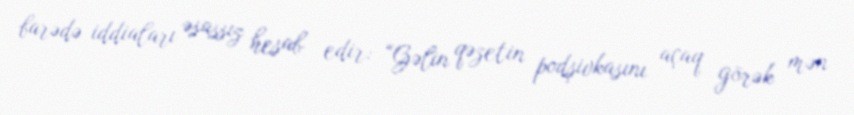
barədə iddiaları əsassız hesab edir: “Gəlin qəzetin podşivkasını açaq görək mən